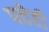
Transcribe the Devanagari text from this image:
पत्तेही